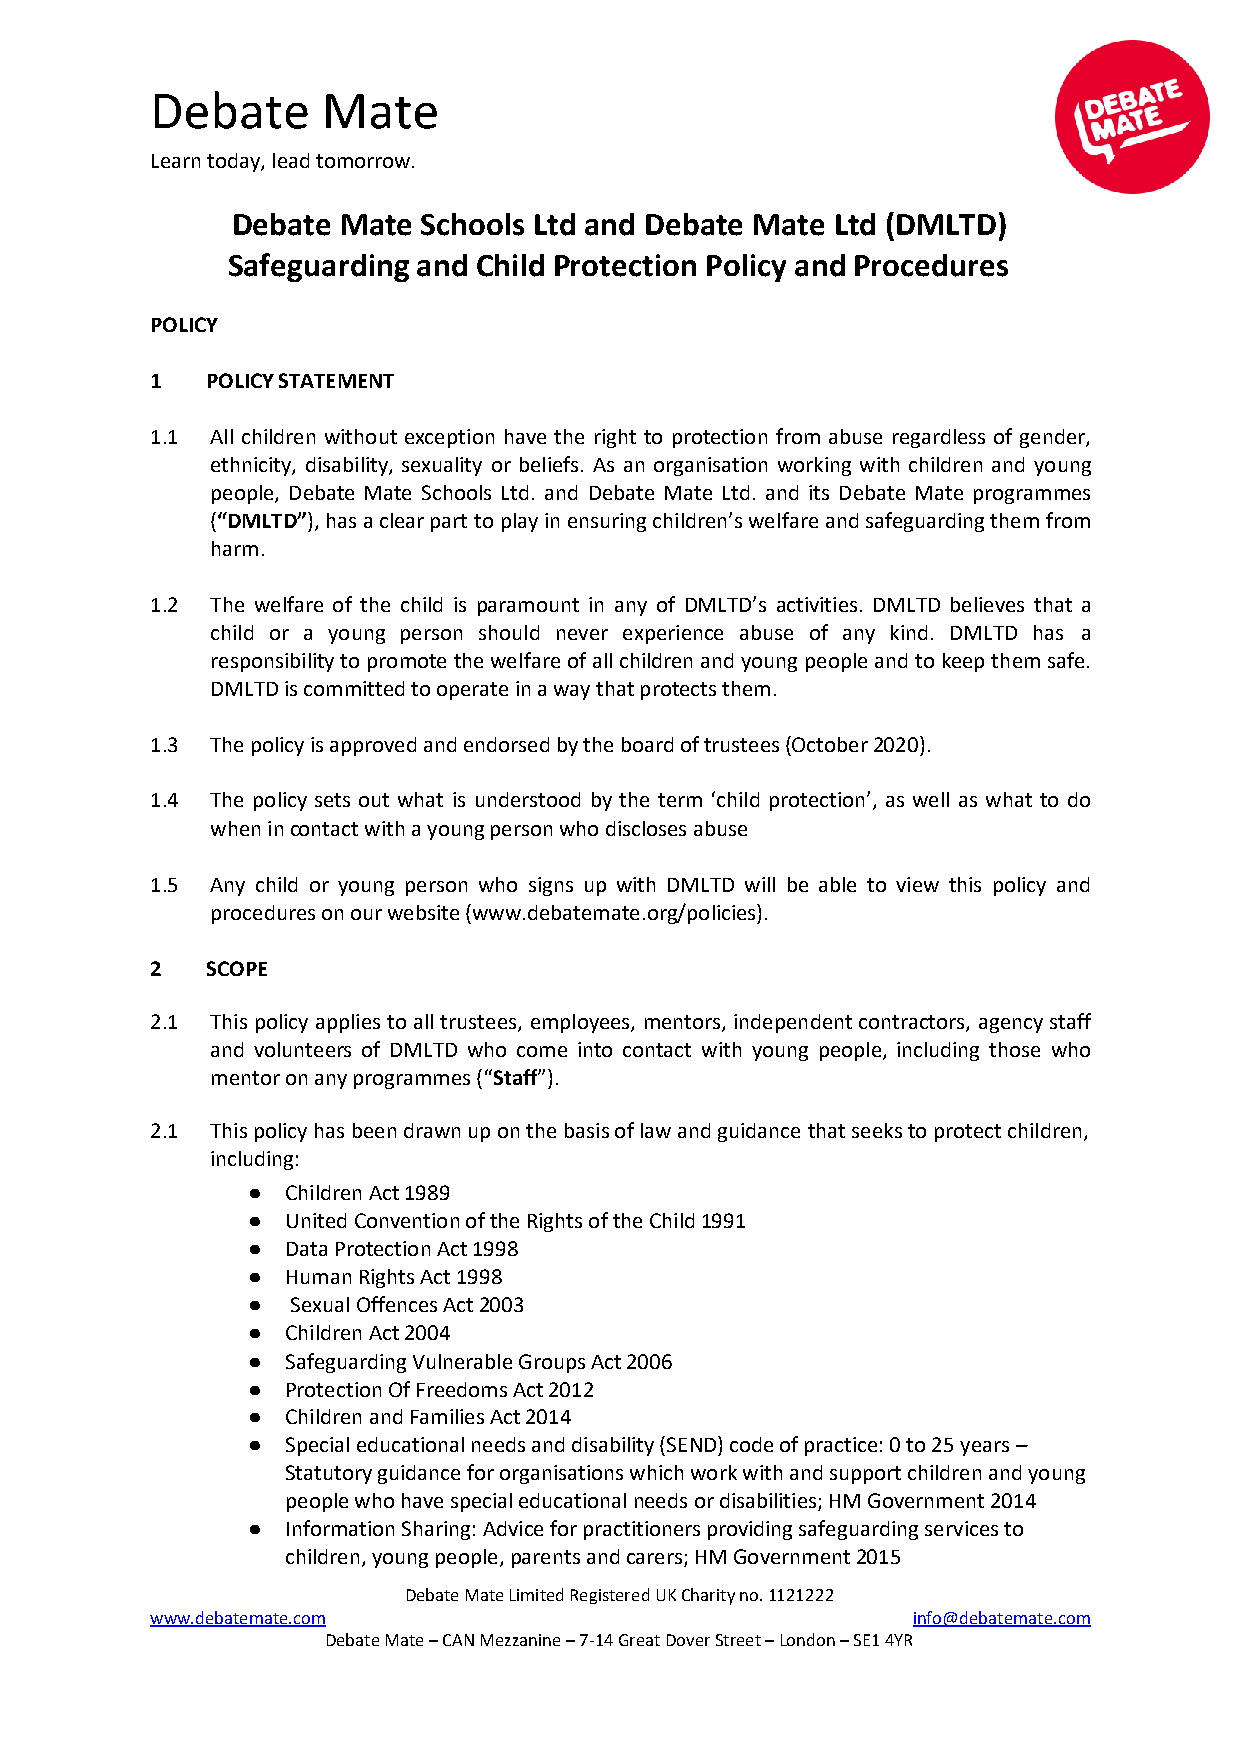
Debate     Mate
 Learn today, lead tomorrow.
 Debate  Mate Schools Ltd and Debate Mate Ltd (DMLTD)
 Safeguarding and Child Protection Policy and Procedures
 POLICY
 1   POLICY STATEMENT
 1.1 All children without exception have the right to protection from abuse regardless of gender,
 ethnicity, disability, sexuality or beliefs. As an organisation working with children and young
 people, Debate Mate Schools Ltd. and Debate Mate Ltd. and its Debate Mate programmes
 (“DMLTD”), has a clear part to play in ensuring children’s welfare and safeguarding them from
 harm.
 1.2 The welfare of the child is paramount in any of DMLTD’s activities. DMLTD believes that a
 child or a young person should never experience abuse of any kind. DMLTD has a
 responsibility to promote the welfare of all children and young people and to keep them safe.
 DMLTD is committed to operate in a way that protects them.
 1.3 The policy is approved and endorsed by the board of trustees (October 2020).
 1.4 The policy sets out what is understood by the term ‘child protection’, as well as what to do
 when in contact with a young person who discloses abuse
 1.5 Any child or young person who signs up with DMLTD will be able to view this policy and
 procedures on our website (www.debatemate.org/policies).
 2   SCOPE
 2.1 This policy applies to all trustees, employees, mentors, independent contractors, agency staff
 and volunteers of DMLTD who come into contact with young people, including those who
 mentor on any programmes (“Staff”).
 2.1 This policy has been drawn up on the basis of law and guidance that seeks to protect children,
 including:
 ●  Children Act 1989
 ●  United Convention of the Rights of the Child 1991
 ●  Data Protection Act 1998
 ●  Human Rights Act 1998
 ●  Sexual Offences Act 2003
 ●  Children Act 2004
 ●  Safeguarding Vulnerable Groups Act 2006
 ●  Protection Of Freedoms Act 2012
 ●  Children and Families Act 2014
 ●  Special educational needs and disability (SEND) code of practice: 0 to 25 years –
 Statutory guidance for organisations which work with and support children and young
 people who have special educational needs or disabilities; HM Government 2014
 ●  Information Sharing: Advice for practitioners providing safeguarding services to
 children, young people, parents and carers; HM Government 2015
 Debate Mate Limited Registered UK Charity no. 1121222
 www.debatemate.com                                info@debatemate.com
 Debate Mate – CAN Mezzanine – 7-14 Great Dover Street – London – SE1 4YR